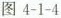
图4-1-4